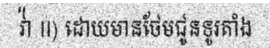
វ៉ា II) ដោយមានថែមជូនទូរតាំង